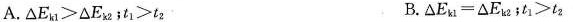
A. $$\Delta E _ { k 1 } > \Delta E _ { k 2 }$$;$$t _ { 1 } > t _ { 2 }$$ B.\Delta E _ { k 1 } = \Delta E _ { k 2 }$$;$$t _ { 1 } > t _ { 2 }$$